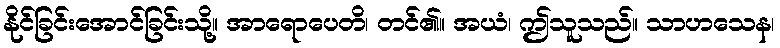
နိုင်ခြင်းအောင်ခြင်းသို့။ အာရောပေတိ၊ တင်၏။ အယံ၊ ဤသူသည်။ သာဟသေန၊